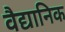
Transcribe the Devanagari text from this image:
वैद्यानिक